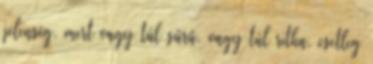
jelenség, mert vagy túl sűrű, vagy túl ritka, esetleg